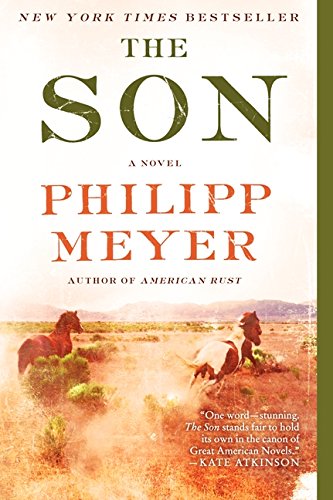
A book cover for The Son; Philipp Meyer; Literature & Fiction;